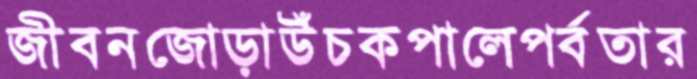
জীবনজোড়াউঁচকপালেপর্বতার